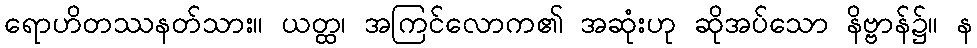
ရောဟိတဿနတ်သား။ ယတ္ထ၊ အကြင်လောက၏ အဆုံးဟု ဆိုအပ်သော နိဗ္ဗာန်၌။ န